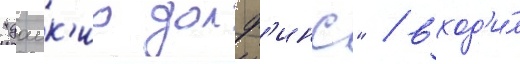
"даик'ио долф'инс" / вход'и́л